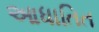
આધાતિત